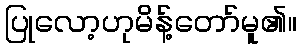
ပြုလော့ဟုမိန့်တော်မူ၏။